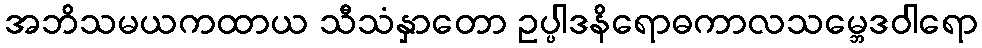
အဘိသမယကထာယ သီသံနှာတော ဥပ္ပါဒနိရောဓကာလသမ္ဘေဒဝါရော